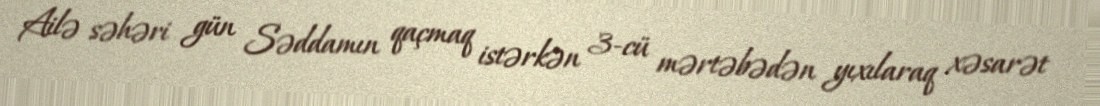
Ailə səhəri gün Səddamın qaçmaq istərkən 3-cü mərtəbədən yıxılaraq xəsarət